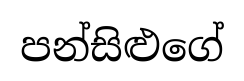
පන්සිළුගේ